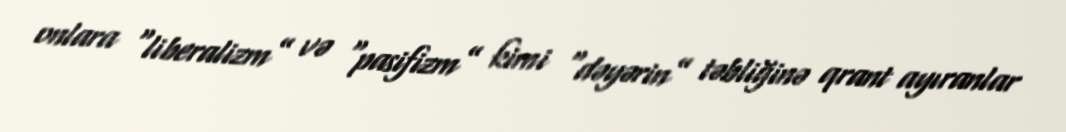
onlara “liberalizm” və “pasifizm” kimi “dəyərin” təbliğinə qrant ayıranlar